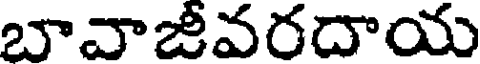
బావాజీవరదాయ